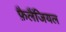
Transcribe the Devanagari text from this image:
फ़ैलैंजियल